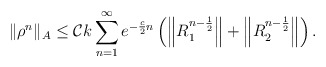
\begin{align*} \|\rho^n\|_A & \leq \mathcal{C} k\sum\limits_{n=1}^{\infty} e^{-\frac{c}{2} n} \left( \left\|R_1^{n-\frac{1}{2}} \right\| + \left\|R_2^{n-\frac{1}{2}} \right\| \right). \end{align*}